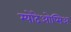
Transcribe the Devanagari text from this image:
म्योदेओप्सिअ